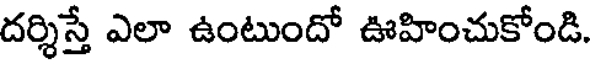
దర్శిస్తే ఎలా ఉంటుందో ఊహించుకోండి.